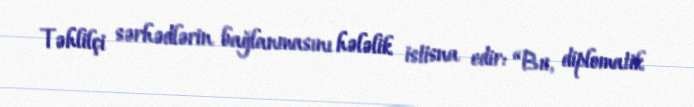
Təhlilçi sərhədlərin bağlanmasını hələlik istisna edir: “Bu, diplomatik